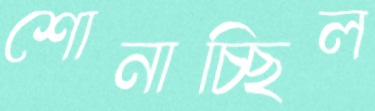
শোনাচ্ছিল